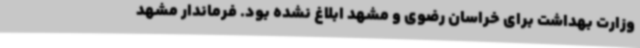
وزارت بهداشت برای خراسان رضوی و مشهد ابلاغ نشده بود. فرماندار مشهد